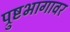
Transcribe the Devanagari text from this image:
प्रुष्टभागावर